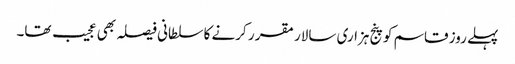
پہلے روز قاسم کو پنج ہزاری سالار مقر ر کرنے کا سلطانی فیصلہ بھی عجیب تھا۔